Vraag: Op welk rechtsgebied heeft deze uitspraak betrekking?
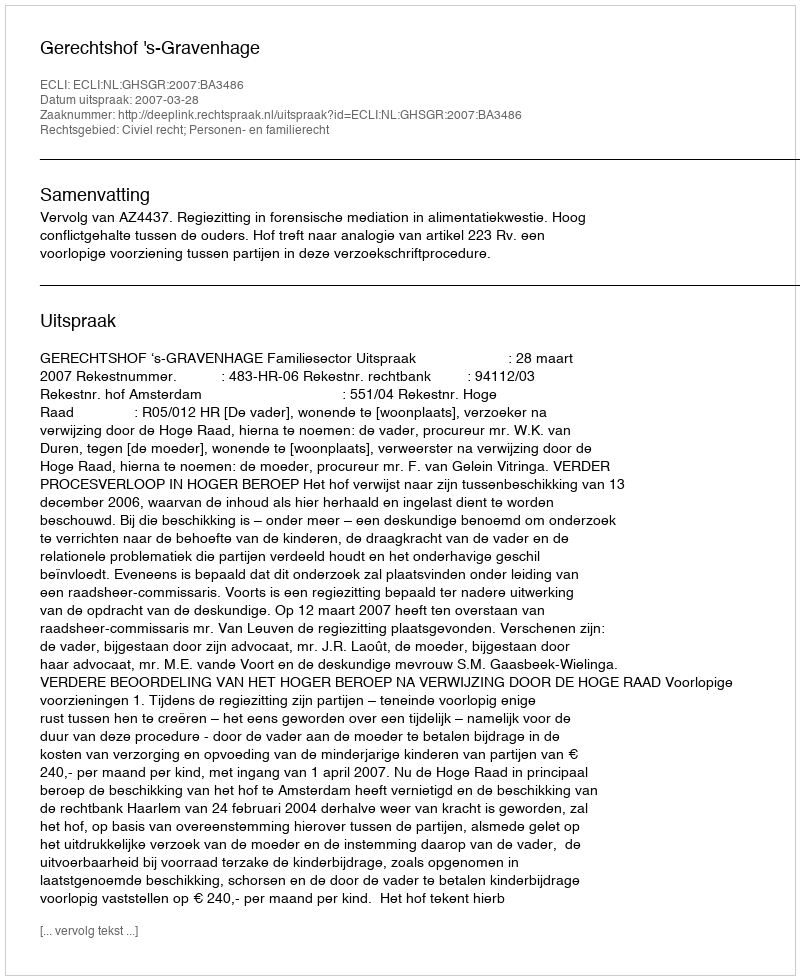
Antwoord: Civiel recht; Personen- en familierecht